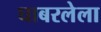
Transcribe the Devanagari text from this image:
घाबरलेला